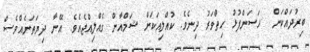
ބިރުދައްކަން  ހަސަންފުޅު ހިތްވަރު ދިނެވެ. ކުއްލިއަކަށް ޝަމްއާން ގެއްލިއްޖެއެވެ. އޭނާ ދިޔަތަނެއްވެސް